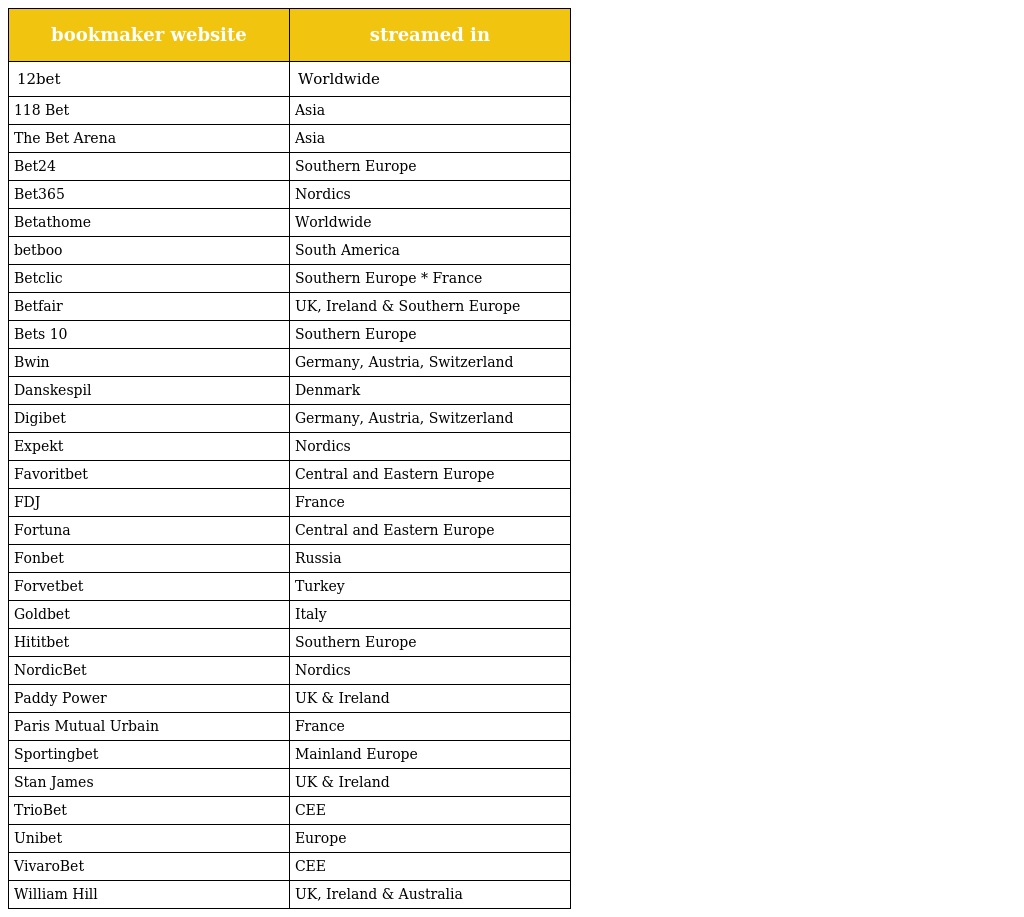
| bookmaker website | streamed in |
 | --- | --- |
 | 12bet | Worldwide |
 | 118 Bet | Asia |
 | The Bet Arena | Asia |
 | Bet24 | Southern Europe |
 | Bet365 | Nordics |
 | Betathome | Worldwide |
 | betboo | South America |
 | Betclic | Southern Europe * France |
 | Betfair | UK, Ireland & Southern Europe |
 | Bets 10 | Southern Europe |
 | Bwin | Germany, Austria, Switzerland |
 | Danskespil | Denmark |
 | Digibet | Germany, Austria, Switzerland |
 | Expekt | Nordics |
 | Favoritbet | Central and Eastern Europe |
 | FDJ | France |
 | Fortuna | Central and Eastern Europe |
 | Fonbet | Russia |
 | Forvetbet | Turkey |
 | Goldbet | Italy |
 | Hititbet | Southern Europe |
 | NordicBet | Nordics |
 | Paddy Power | UK & Ireland |
 | Paris Mutual Urbain | France |
 | Sportingbet | Mainland Europe |
 | Stan James | UK & Ireland |
 | TrioBet | CEE |
 | Unibet | Europe |
 | VivaroBet | CEE |
 | William Hill | UK, Ireland & Australia |